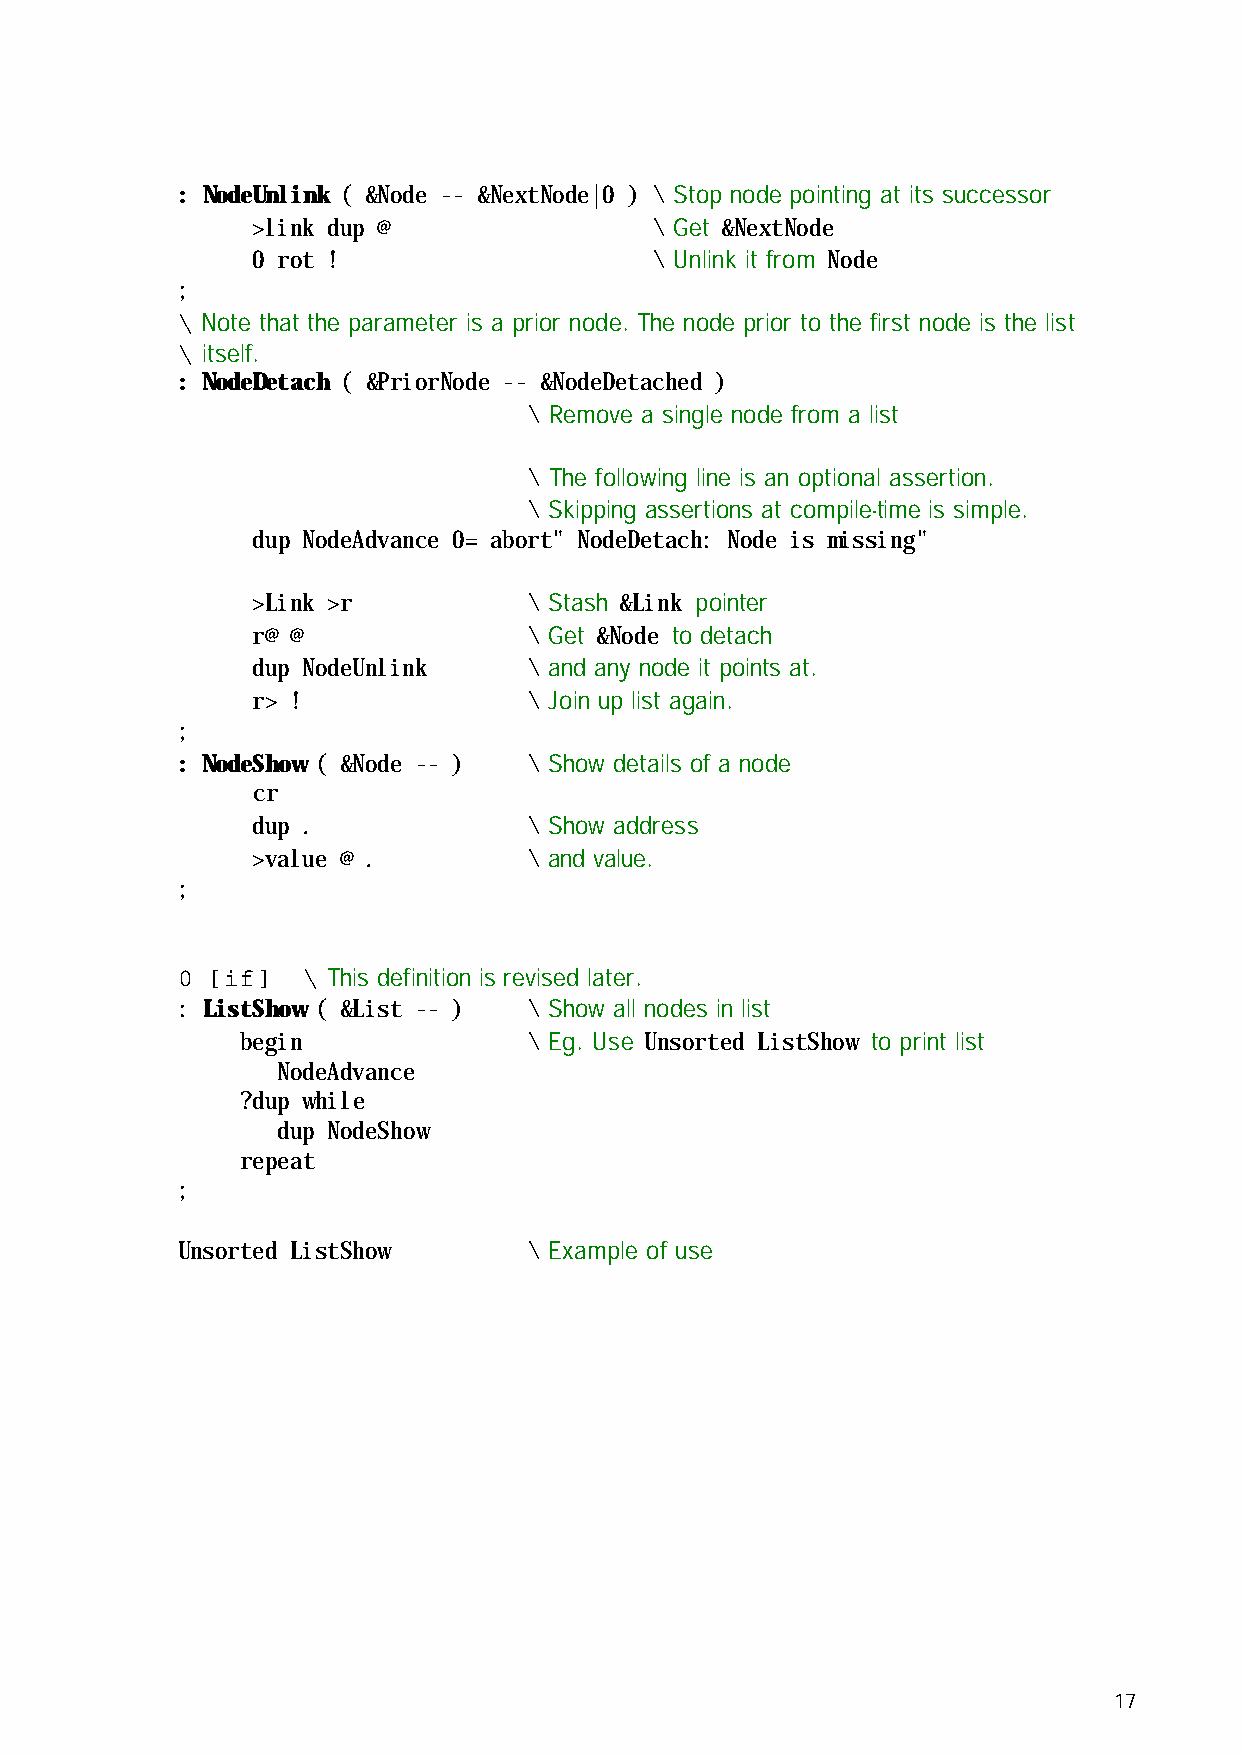
: NodeUnlink ( &Node -- &NextNode|0 ) \ Stop node pointing at its successor
 >link dup @               \ Get &NextNode
 0 rot !                   \ Unlink it from Node
 ;
 \ Note that the parameter is a prior node. The node prior to the first node is the list
 \ itself.
 : NodeDetach ( &PriorNode -- &NodeDetached )
 \ Remove a single node from a list
 \ The following line is an optional assertion.
 \ Skipping assertions at compile-time is simple.
 dup NodeAdvance 0= abort" NodeDetach: Node is missing"
 >Link >r          \ Stash &Link pointer
 r@ @              \ Get &Node to detach
 dup NodeUnlink    \ and any node it points at.
 r> !              \ Join up list again.
 ;
 : NodeShow ( &Node -- ) \ Show details of a node
 cr
 dup .             \ Show address
 >value @ .        \ and value.
 ;
 0 [if]  \ This definition is revised later.
 : ListShow ( &List -- ) \ Show all nodes in list
 begin              \ Eg. Use Unsorted ListShow to print list
 NodeAdvance
 ?dup while
 dup NodeShow
 repeat
 ;
 Unsorted ListShow      \ Example of use
 17